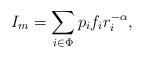
LaTeX: \begin{align*}I_{m} = \sum_{i \in \Phi} p_{i} f_{i} r^{-\alpha}_{i},\end{align*}